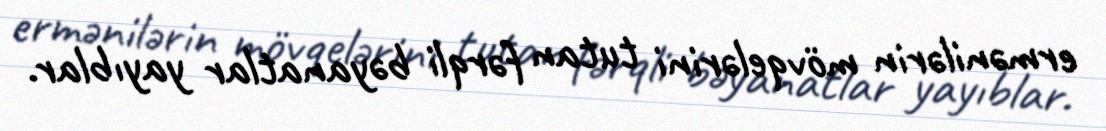
ermənilərin mövqelərini tutan fərqli bəyanatlar yayıblar.